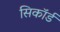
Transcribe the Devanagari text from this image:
सिकॉर्ड